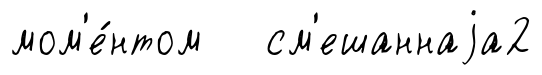
мом'е́нтом см'ешаннаjа2